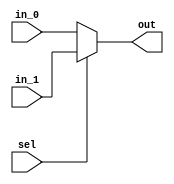
module MUX(out,in_0,in_1,sel);

    input [15:0] in_0,in_1;
    input sel;
    output [15:0] out;

    assign out = sel ? in_1 : in_0;

endmodule